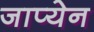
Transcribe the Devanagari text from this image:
जाप्येन